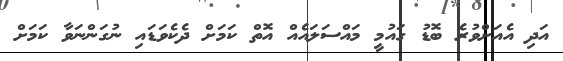
އަދި އެއަށްވުރެ ބޮޑު ގައުމީ މައްސަލައެއް އޮތް ކަމަށް ދެކެވަޑައި ނުގަންނަވާ ކަމަށް